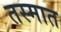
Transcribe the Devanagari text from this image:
तस्मात